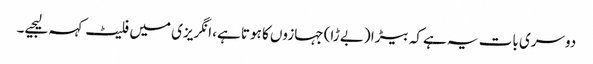
دوسری بات یہ ہے کہ بیڑا (بے ڑا) جہازوں کا ہوتا ہے، انگریزی میں فلیٹ کہہ لیجیے۔